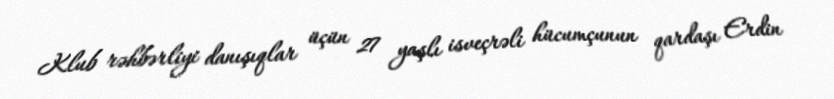
Klub rəhbərliyi danışıqlar üçün 27 yaşlı isveçrəli hücumçunun qardaşı Erdin